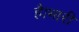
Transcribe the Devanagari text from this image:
है।भारी